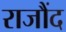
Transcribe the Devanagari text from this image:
राजौंद